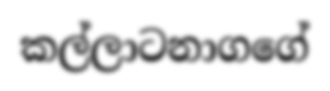
කල්ලාටනාගගේ